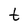
Character: t